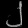
Digit: ၂